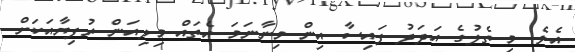
އެވެ. މި ތެލުގެ އަދަދު ފައިސާ އިން މިނާނަމަ އެތައް މިލިއަން ރުފިޔާއަކަށް